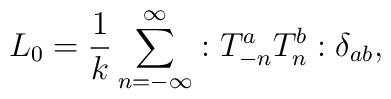
L_0 = \frac{1}{k} \sum_{n=-\infty}^{\infty} :T^a_{-n} T^b_{n} :\delta_{ab},